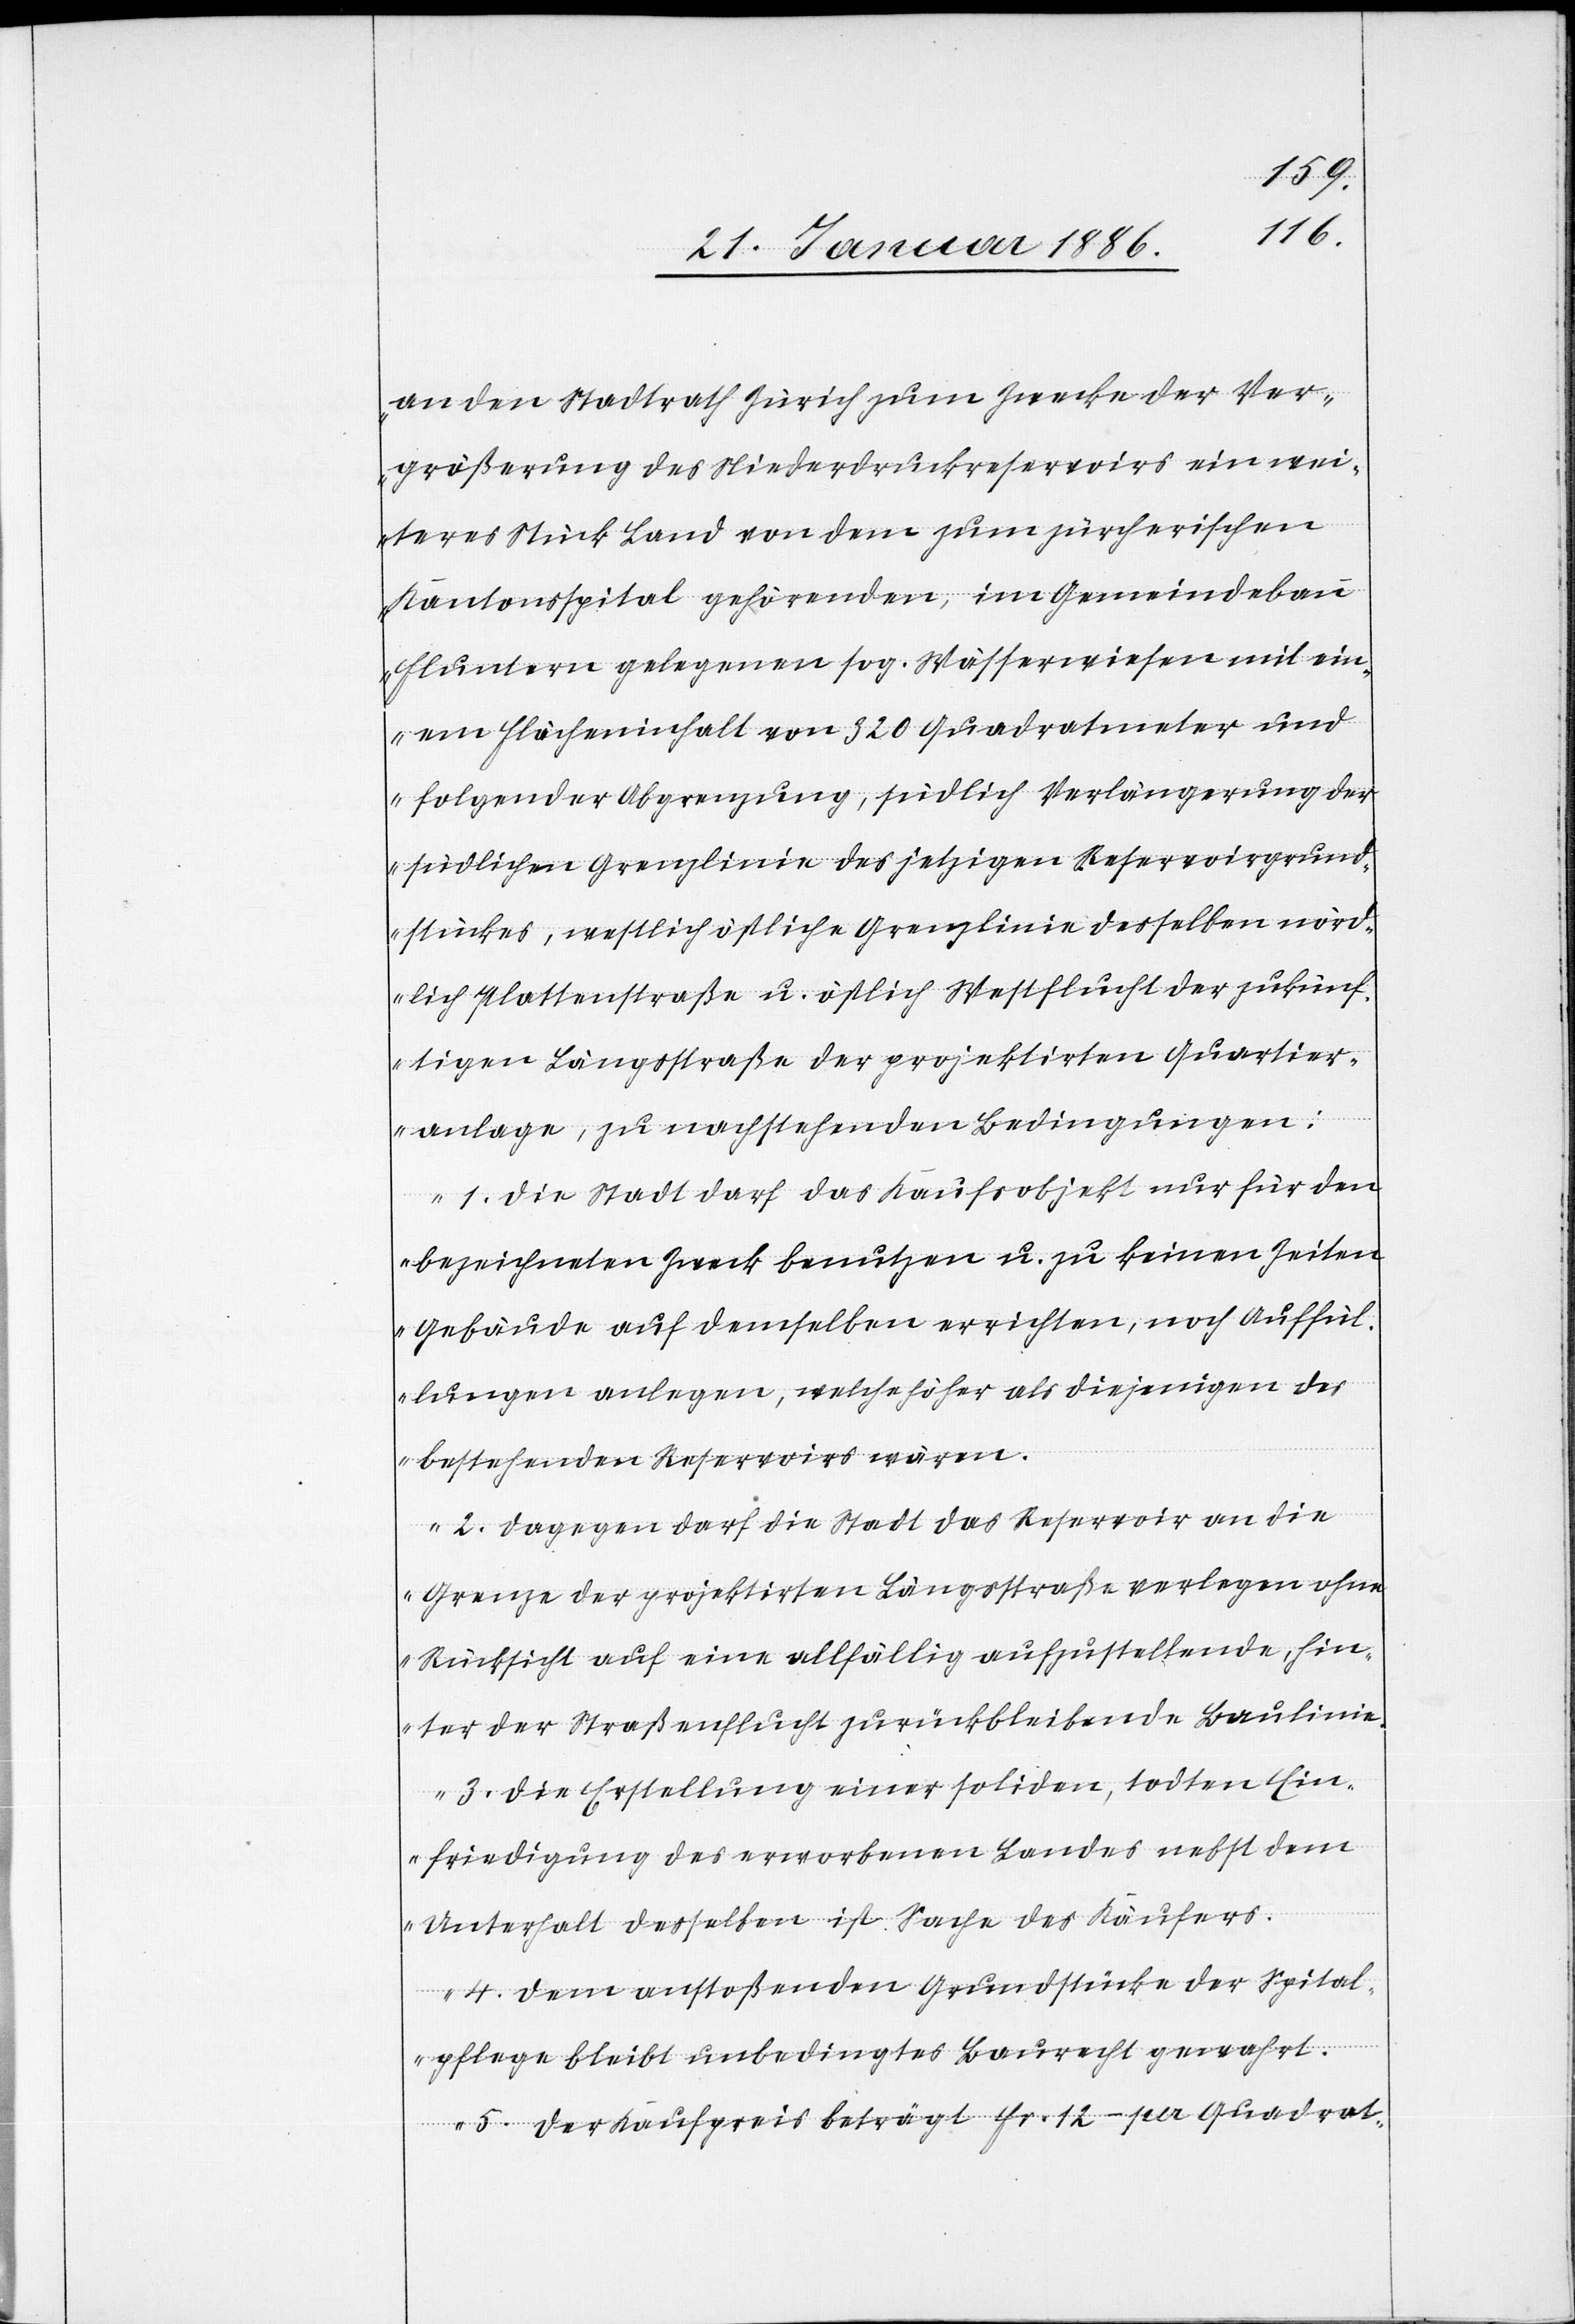
tückes,
an den Stadtrath Zürich zum Zwecke der Ver¬
größerung des Niederdruckreservoirs ein wei¬
teres Stück Land von dem zum zürcherischen
Kantonsspital gehörenden, im Gemeindebann
Fluntern gelegenen sog. Wässerwiesen mit ein¬
em Flächeninhalt von 320 Quadratmeter und
folgender Abgrenzung, südlich Verlängerung der
südlichen Grenzlinie des jetzigen Reservoirgrunds¬
nördlich Plattenstraße u. östlich Westflucht der zukünf¬
tigen Längsstraße der projektierten Quartier¬
anlage, zu nachstehenden Bedingungen:
1. Die Stadt darf das Kaufsobjekt nur für den
bezeichneten Zweck benutzen u. zu keinen Zeiten
Gebäude auf demselben errichten, noch Auffül¬
lungen anlegen, welche höher als diejenigen des
bestehenden Reservoirs wären.
2. Dagegen darf die Stadt das Reservoir an die
Grenze der projektierten Längsstraße verlegen ohne
Rücksicht auf eine allfällig aufzustellende hin¬
ter der Straßenflucht zurückbleibende Baulinie.
3. Die Erstellung einer soliden, todten Ein¬
friedung des erworbenen Landes nebst dem
Unterhalt desselben ist Sache des Käufers.
4. Dem anstoßenden Grundstücke der Spital¬
pflege bleibt unbedingtes Baurecht gewahrt.
5. Der Kaufpreis beträgt Fr. 12.– per Quadrat-